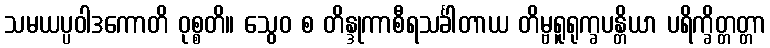
သမယပ္ပဝါဒကောတိ ဝုစ္စတိ။ သွေဝ စ တိန္ဒုကာစီရသင်္ခါတာယ တိမ္ဗရူရုက္ခပန္တိယာ ပရိက္ခိတ္တတ္တာ